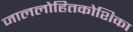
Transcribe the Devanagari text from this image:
जाललोहितकोशिका